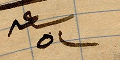
ساعة ٥